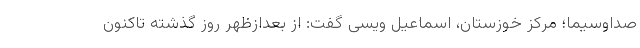
صداوسیما؛ مرکز خوزستان، اسماعیل ویسی گفت: از بعدازظهر روز گذشته تاکنون